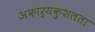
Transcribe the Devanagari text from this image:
अकार्यकुशलता